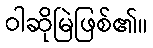
ဝါဆိုမြဲဖြစ်၏။